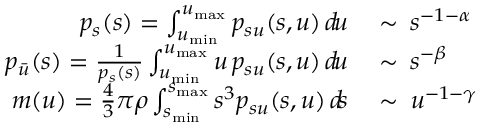
\begin{array} { r l } { p _ { s } ( s ) = \int _ { u _ { \mathrm { m i n } } } ^ { u _ { \mathrm { m a x } } } p _ { s u } ( s , u ) \, d \! u \: } & { \sim \: s ^ { - 1 - \alpha } } \\ { p _ { \bar { u } } ( s ) = \frac { 1 } { p _ { s } ( s ) } \int _ { u _ { \mathrm { m i n } } } ^ { u _ { \mathrm { m a x } } } u \, p _ { s u } ( s , u ) \, d \! u \: } & { \sim \: s ^ { - \beta } } \\ { m ( u ) = \frac { 4 } { 3 } \pi \rho \int _ { s _ { \mathrm { m i n } } } ^ { s _ { \mathrm { m a x } } } s ^ { 3 } p _ { s u } ( s , u ) \, d \! s \: } & { \sim \: u ^ { - 1 - \gamma } } \end{array}